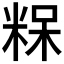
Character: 𮇠